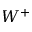
W ^ { + }